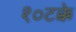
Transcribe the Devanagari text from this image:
१०टक्के